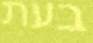
בעת